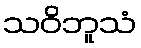
သဝိဘူသံ